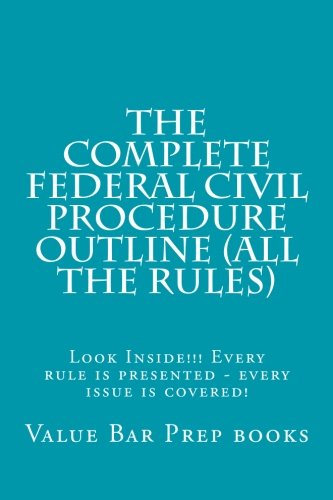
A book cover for The Complete Federal Civil Procedure Outline (All The Rules): Look Inside!!! Every rule is presented - every issue is covered!; Value Bar Prep books; Test Preparation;